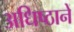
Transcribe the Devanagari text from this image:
अधिष्ठानें